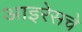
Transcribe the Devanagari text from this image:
आइरेसचे